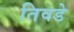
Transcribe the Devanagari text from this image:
तिवडे